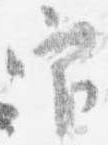
官